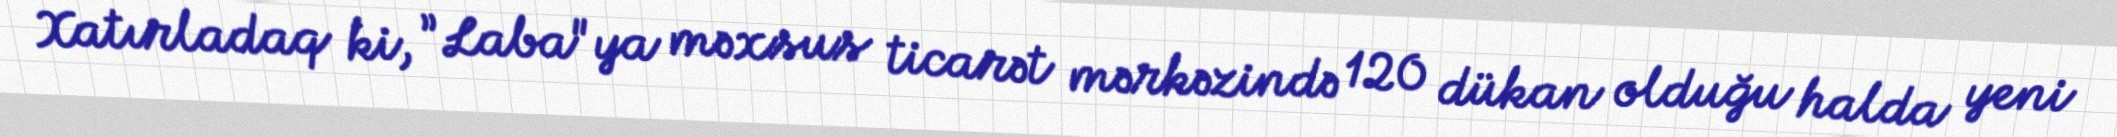
Xatırladaq ki, ”Laba"ya məxsus ticarət mərkəzində 120 dükan olduğu halda yeni